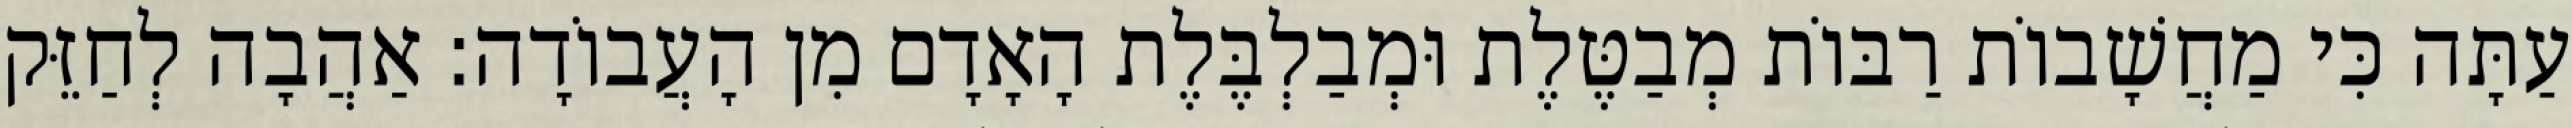
עַתָּה כִּי מַחֲשָׁבוֹת רַבּוֹת מְבַטֶּלֶת וּמְבַלְבֶּלֶת הָאָדָם מִן הָעֲבוֹדָה: אַהֲבָה לְחַזֵּק